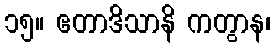
၁၅။ ဧတာဒိသာနိ ကတွာန၊